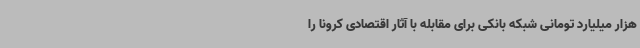
هزار میلیارد تومانی شبکه بانکی برای مقابله با آثار اقتصادی کرونا را